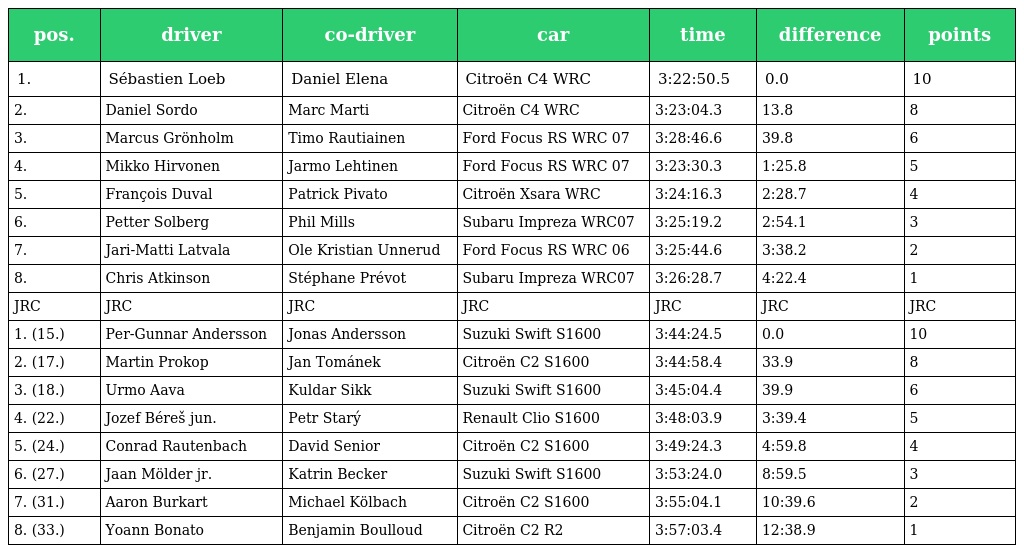
| pos. | driver | co-driver | car | time | difference | points |
 | --- | --- | --- | --- | --- | --- | --- |
 | 1. | Sébastien Loeb | Daniel Elena | Citroën C4 WRC | 3:22:50.5 | 0.0 | 10 |
 | 2. | Daniel Sordo | Marc Marti | Citroën C4 WRC | 3:23:04.3 | 13.8 | 8 |
 | 3. | Marcus Grönholm | Timo Rautiainen | Ford Focus RS WRC 07 | 3:28:46.6 | 39.8 | 6 |
 | 4. | Mikko Hirvonen | Jarmo Lehtinen | Ford Focus RS WRC 07 | 3:23:30.3 | 1:25.8 | 5 |
 | 5. | François Duval | Patrick Pivato | Citroën Xsara WRC | 3:24:16.3 | 2:28.7 | 4 |
 | 6. | Petter Solberg | Phil Mills | Subaru Impreza WRC07 | 3:25:19.2 | 2:54.1 | 3 |
 | 7. | Jari-Matti Latvala | Ole Kristian Unnerud | Ford Focus RS WRC 06 | 3:25:44.6 | 3:38.2 | 2 |
 | 8. | Chris Atkinson | Stéphane Prévot | Subaru Impreza WRC07 | 3:26:28.7 | 4:22.4 | 1 |
 | JRC | JRC | JRC | JRC | JRC | JRC | JRC |
 | 1. (15.) | Per-Gunnar Andersson | Jonas Andersson | Suzuki Swift S1600 | 3:44:24.5 | 0.0 | 10 |
 | 2. (17.) | Martin Prokop | Jan Tománek | Citroën C2 S1600 | 3:44:58.4 | 33.9 | 8 |
 | 3. (18.) | Urmo Aava | Kuldar Sikk | Suzuki Swift S1600 | 3:45:04.4 | 39.9 | 6 |
 | 4. (22.) | Jozef Béreš jun. | Petr Starý | Renault Clio S1600 | 3:48:03.9 | 3:39.4 | 5 |
 | 5. (24.) | Conrad Rautenbach | David Senior | Citroën C2 S1600 | 3:49:24.3 | 4:59.8 | 4 |
 | 6. (27.) | Jaan Mölder jr. | Katrin Becker | Suzuki Swift S1600 | 3:53:24.0 | 8:59.5 | 3 |
 | 7. (31.) | Aaron Burkart | Michael Kölbach | Citroën C2 S1600 | 3:55:04.1 | 10:39.6 | 2 |
 | 8. (33.) | Yoann Bonato | Benjamin Boulloud | Citroën C2 R2 | 3:57:03.4 | 12:38.9 | 1 |